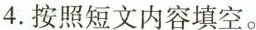
4. 按照短文内容填空。